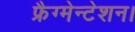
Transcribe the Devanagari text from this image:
फ्रैग्मेन्टेशन।